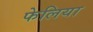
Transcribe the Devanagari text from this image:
फेलिया